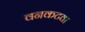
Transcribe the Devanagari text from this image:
वनकटवा